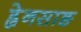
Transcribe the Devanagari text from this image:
ह्वेनसाङ